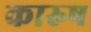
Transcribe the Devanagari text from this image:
कारुष